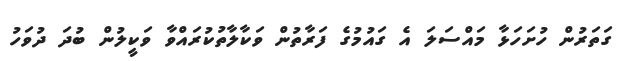
ގަތަރުން ހުށަހަޅާ މައްސަލަ އެ ގައުމުގެ ފަރާތުން ވަކާލާާތުކުރައްވާ ވަކީލުން ބުދަ ދުވަހު